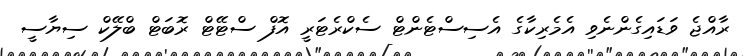
ރާއްޖެ ވަޑައިގެންނެވި އެމެރިކާގެ އެސިސްޓެންޓް ސެކްރެޓަރީ އޮފް ސްޓޭޓް ރޮބަޓް ބްލޭކް ސިޔާސީ